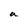
Character: a